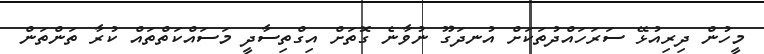
މީހުން ދިރިއުޅޭ ސަރަހައްދުތަކަށް އުނދަގޫ ނުވާނެ ގޮތަށް އިގްތިސާދީ މަސައްކަތްތައް ކުރާ ތަންތަން